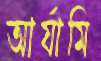
আর্যামি